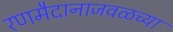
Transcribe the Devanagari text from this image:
रणमैदानाजवळच्या